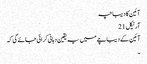
آئین کا دیباچہ
آرٹیکل 21
آئین کے دیباچے میں یہ یقین دہانی کرائی جائے گی کہ
۔